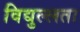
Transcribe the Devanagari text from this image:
विद्युल्लता